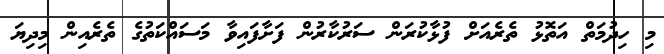
މި ހިދުމަތް އަތޮޅު ތެރެއަށް ފުޅާކުރަން ސަރުކާރުން ފަށާފައިވާ މަސައްކަތުގެ ތެރެއިން މިދިޔަ